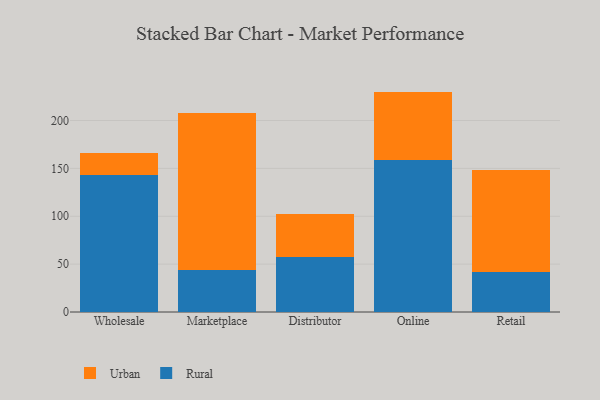
{"axis": {"x": "Channel", "y": "Energy Usage (MWh)"}, "legend": ["Rural", "Urban"], "data": [{"x": "Wholesale", "y": 142.7, "type": "Rural"}, {"x": "Wholesale", "y": 23.0, "type": "Urban"}, {"x": "Marketplace", "y": 43.6, "type": "Rural"}, {"x": "Marketplace", "y": 164.0, "type": "Urban"}, {"x": "Distributor", "y": 57.9, "type": "Rural"}, {"x": "Distributor", "y": 44.4, "type": "Urban"}, {"x": "Online", "y": 158.6, "type": "Rural"}, {"x": "Online", "y": 71.6, "type": "Urban"}, {"x": "Retail", "y": 41.3, "type": "Rural"}, {"x": "Retail", "y": 107.1, "type": "Urban"}]}